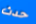
حدث